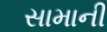
સામાની